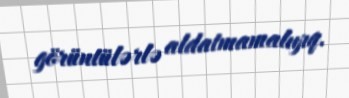
görüntülərlə aldatmamalıyıq.